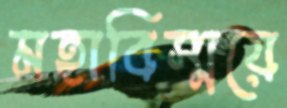
মহাবিস্ময়ে